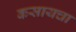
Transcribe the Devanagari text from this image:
कसायचा